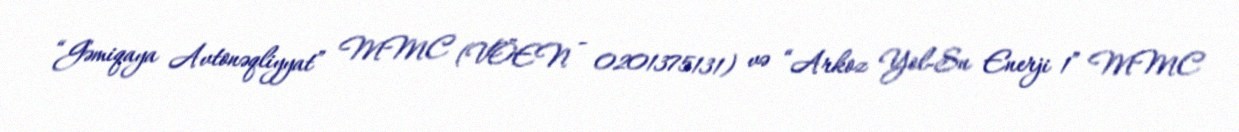
“Gəmiqaya Avtonəqliyyat” MMC (VÖEN - 0201375131) və “Arkoz Yol-Su Enerji 1” MMC